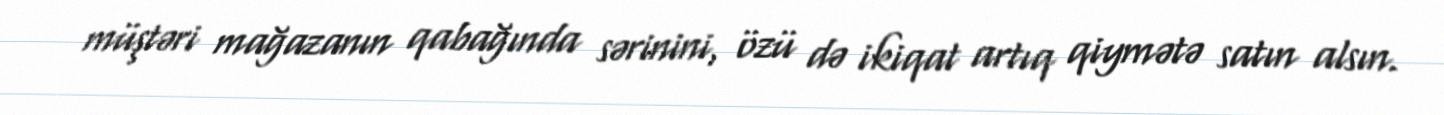
müştəri mağazanın qabağında sərinini, özü də ikiqat artıq qiymətə satın alsın.